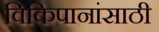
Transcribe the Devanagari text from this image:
विकिपानांसाठी